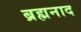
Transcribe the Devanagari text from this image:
ब्रह्मनाद